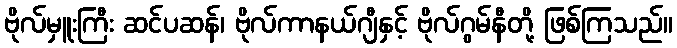
ဗိုလ်မှူးကြီး ဆင်ပဆန်၊ ဗိုလ်ကာနယ်ဂျီနှင့် ဗိုလ်ဂွမ်နီတို့ ဖြစ်ကြသည်။